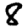
Digit: 8